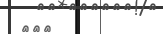
١٠٦